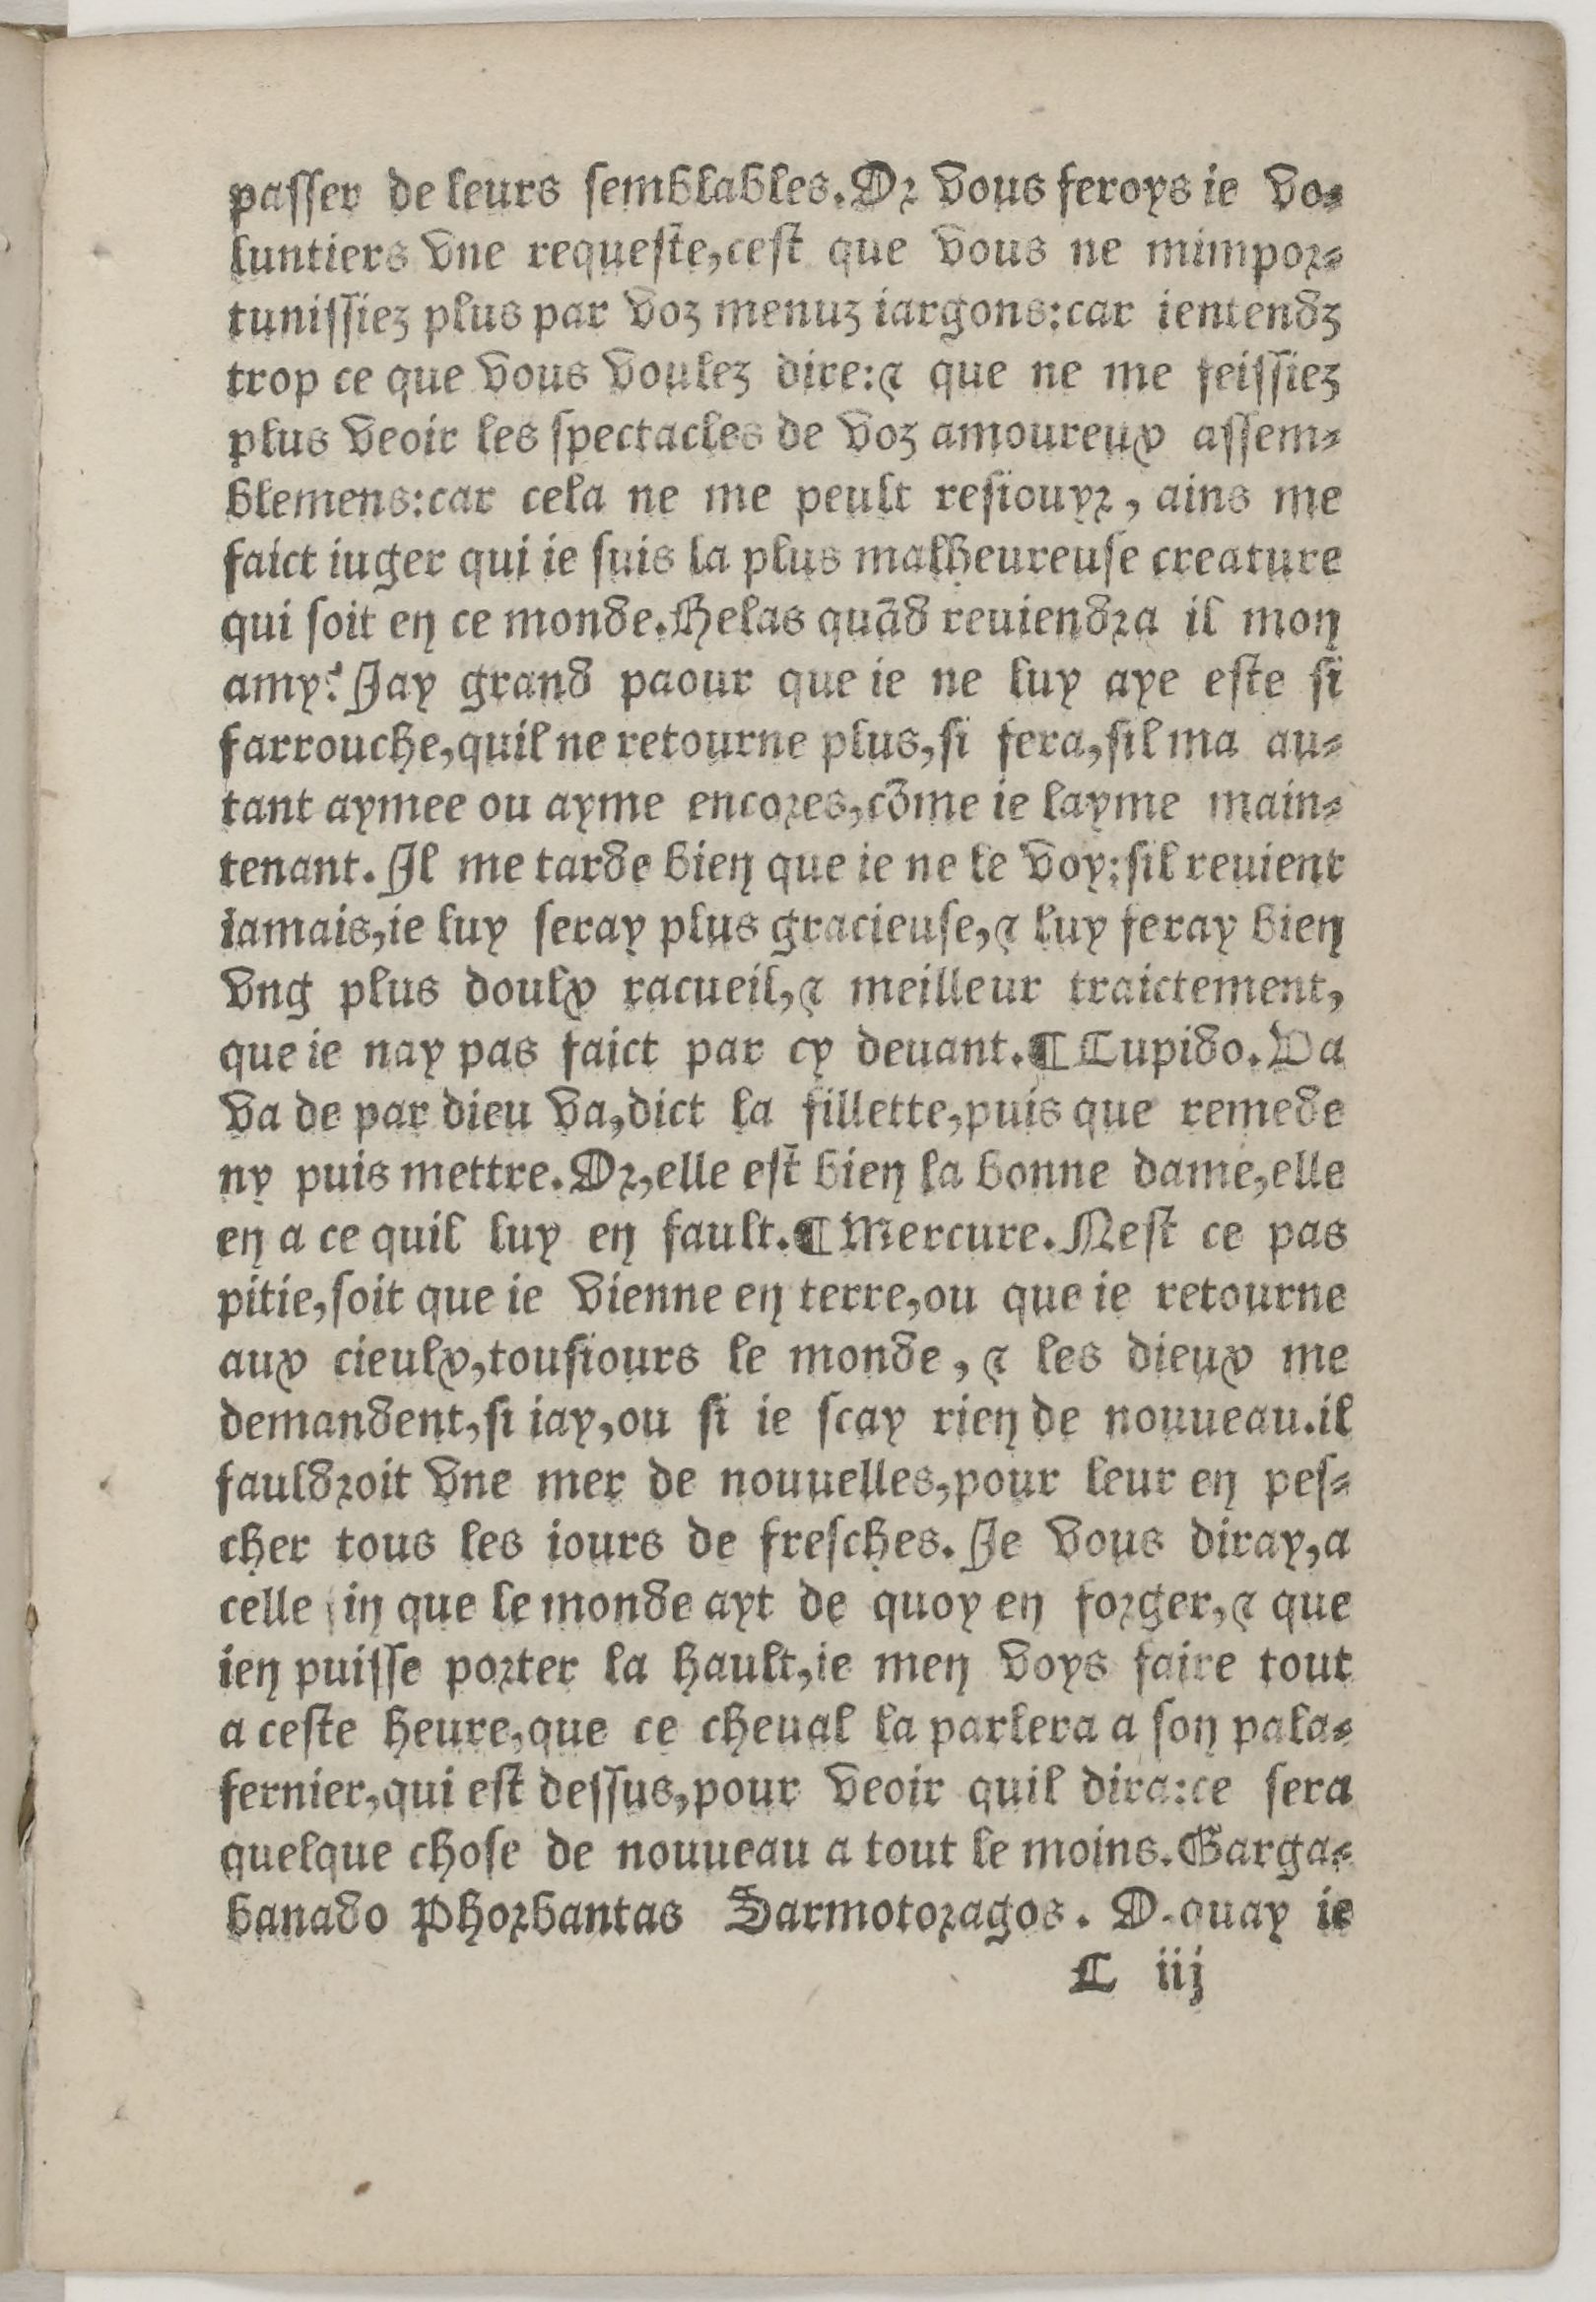
Shelfmark: Paris, BnF, Rés. Z-2442
Century: 16